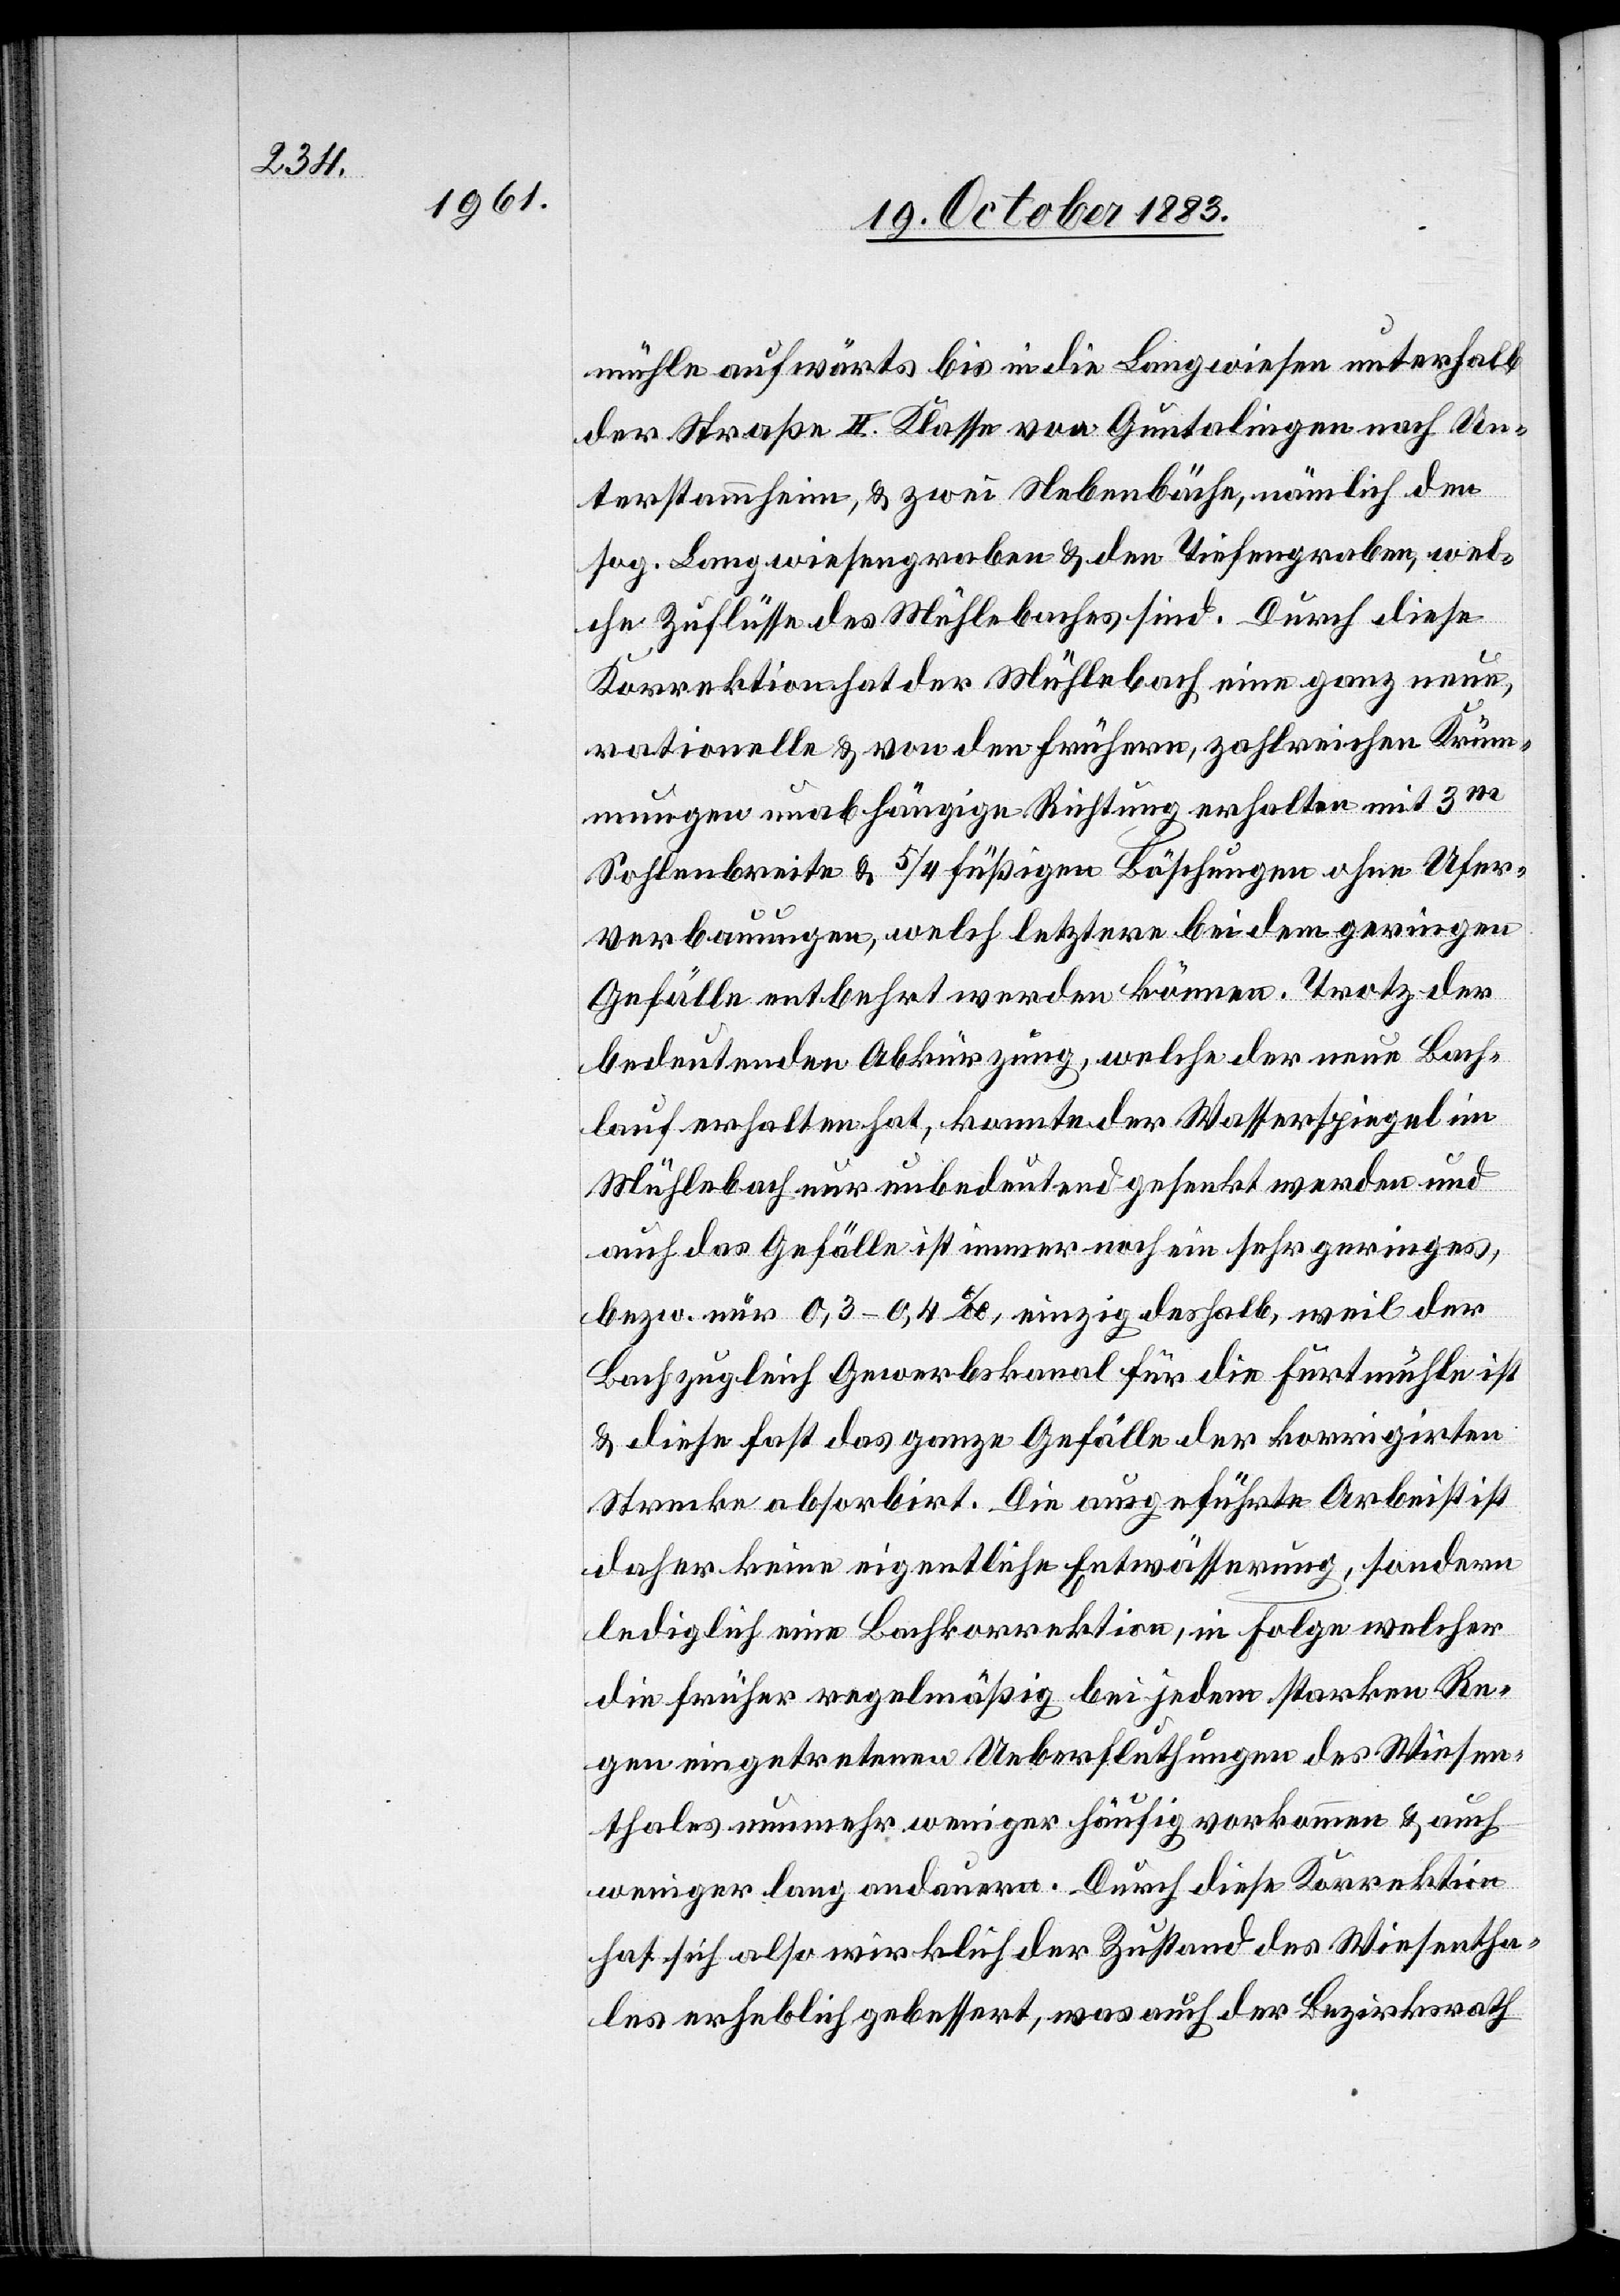
mühle aufwärts bis in die Langwiesen unterhalb
der Straße II. Klasse von Guntalingen nach Un¬
terstammheim, & zwei Nebenbäche, nämlich den
sog. Langwiesengraben & den Tiefengraben, wel¬
che Zuflüsse des Mühlebaches sind. Durch diese
Korrektion hat der Mühlebach eine ganz neue,
rationelle & von der frühern, zahlreichen Krüm¬
mungen unabhängige Richtung erhalten mit 3 m
Sohlenbreite & 5/4 füßigen Böschungen ohne Ufer¬
verbauungen, welch letztere bei dem geringen
Gefälle entbehrt werden können, trotz der
bedeutenden Abkürzung, welche der neue Bach¬
lauf erhalten hat, konnte der Wasserspiegel im
Mühlebach nur unbedeutend gesenkt werden und
auch das Gefälle ist immer noch ein sehr geringes,
bezw. nur 0,3–0,4‰, einzig deshalb, weil der
Bach zugleich Gewerbskanal für die Furtmühle ist
& diese fast das ganze Gefälle der korrigirten
Strecke absorbirt. Die ausgeführte Arbeit ist
daher keine eigentliche Entwässerung, sondern
lediglich eine Bachkorrektion, in Folge welche
die früher regelmäßig bei jedem starken Re¬
gen eingetretenen Ueberflutungen des Wiesen¬
thales nunmehr weniger häufig vorkommen & auch
weniger lang andauern. Durch diese Korrektion
hat sich also wirklich der Zustand des Wiesentha¬
les erheblich gebessert, was auch der Bezirksrath